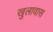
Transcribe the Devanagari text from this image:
खुलावास